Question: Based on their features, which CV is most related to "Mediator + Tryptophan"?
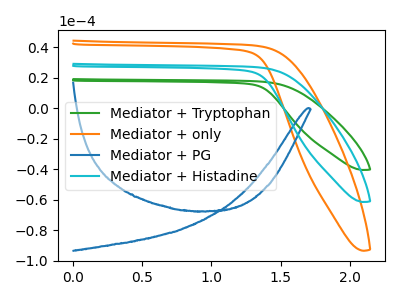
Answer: <think>The green curve "Mediator + Tryptophan" has no peaks. The orange curve "Mediator + only" has no peaks. The blue curve "Mediator + PG" has no peaks. The cyan curve "Mediator + Histadine" has no peaks.
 Neither "Mediator + Tryptophan" or "Mediator + only" have any peaks. Neither "Mediator + Tryptophan" or "Mediator + PG" have any peaks. Neither "Mediator + Tryptophan" or "Mediator + Histadine" have any peaks. Neither "Mediator + only" or "Mediator + PG" have any peaks. Neither "Mediator + only" or "Mediator + Histadine" have any peaks. Neither "Mediator + PG" or "Mediator + Histadine" have any peaks.</think>
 <answer>"Mediator + Tryptophan", "Mediator + PG" and "Mediator + Histadine" have a similar shape to "Mediator + only".</answer>
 <eval>"Mediator + Tryptophan" "Mediator + PG" "Mediator + Histadine"</eval>